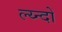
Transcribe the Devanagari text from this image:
ल्य्न्दों